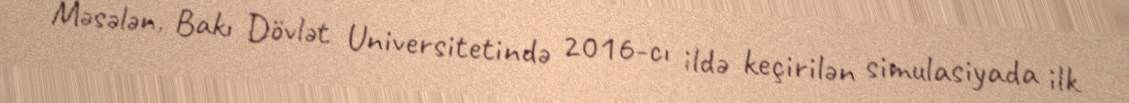
Məsələn, Bakı Dövlət Universitetində 2016-cı ildə keçirilən simulasiyada ilk